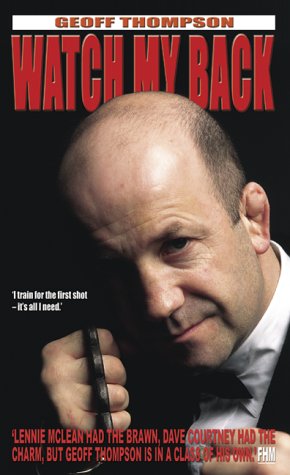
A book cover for Watch My Back: The Geoff Thompson Story; Geoff Thompson; Computers & Technology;